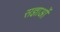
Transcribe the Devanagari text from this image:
सज्ञाओं